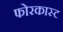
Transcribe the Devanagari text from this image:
फोरकास्ट